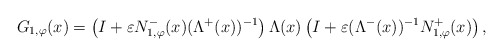
\begin{align*}G_{1, \varphi}(x) = \left(I + \varepsilon N_{1,\varphi}^{-}(x) (\Lambda^{+}(x))^{-1}\right) \Lambda(x) \left(I + \varepsilon (\Lambda^{-}(x))^{-1} N_{1,\varphi}^{+}(x)\right),\end{align*}